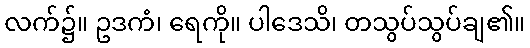
လက်၌။ ဥဒကံ၊ ရေကို။ ပါဒေသိ၊ တသွပ်သွပ်ချ၏။